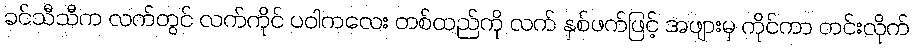
ခင်သီသီက လက်တွင် လက်ကိုင် ပဝါကလေး တစ်ထည်ကို လက် နှစ်ဖက်ဖြင့် အဖျားမှ ကိုင်ကာ တင်းလိုက်